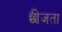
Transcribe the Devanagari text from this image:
छीजता